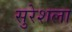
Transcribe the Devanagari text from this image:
सुरेशला